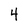
Character: 4